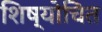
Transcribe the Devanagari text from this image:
शिष्योचित